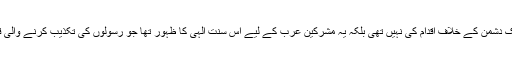
اس شدت کے ساتھ ان کی داروگیر کے اس حکم کی وجہ یہ ہے کہ اس کی نوعیت محض ایک دشمن کے خلاف اقدام کی نہیں تھی بلکہ یہ مشرکین عرب کے لیے اس سنت الٰہی کا ظہور تھا جو رسولوں کی تکذیب کرنے والی قوموں کے لیے ہمیشہ ظاہر ہوئی ہے اور جس کی تفصیلات سورۂ اعراف میں بیان ہوئی ہیں۔